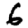
Digit: 6